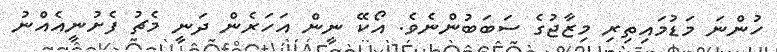
ހުންނަ މަޑުމައިތިރި މިޒާޖުގެ ސަބަބުންނެވެ. އޯކޭ ނީން އަހަރެން ދަނީ މެޗު ފެށުނީއެއްނު